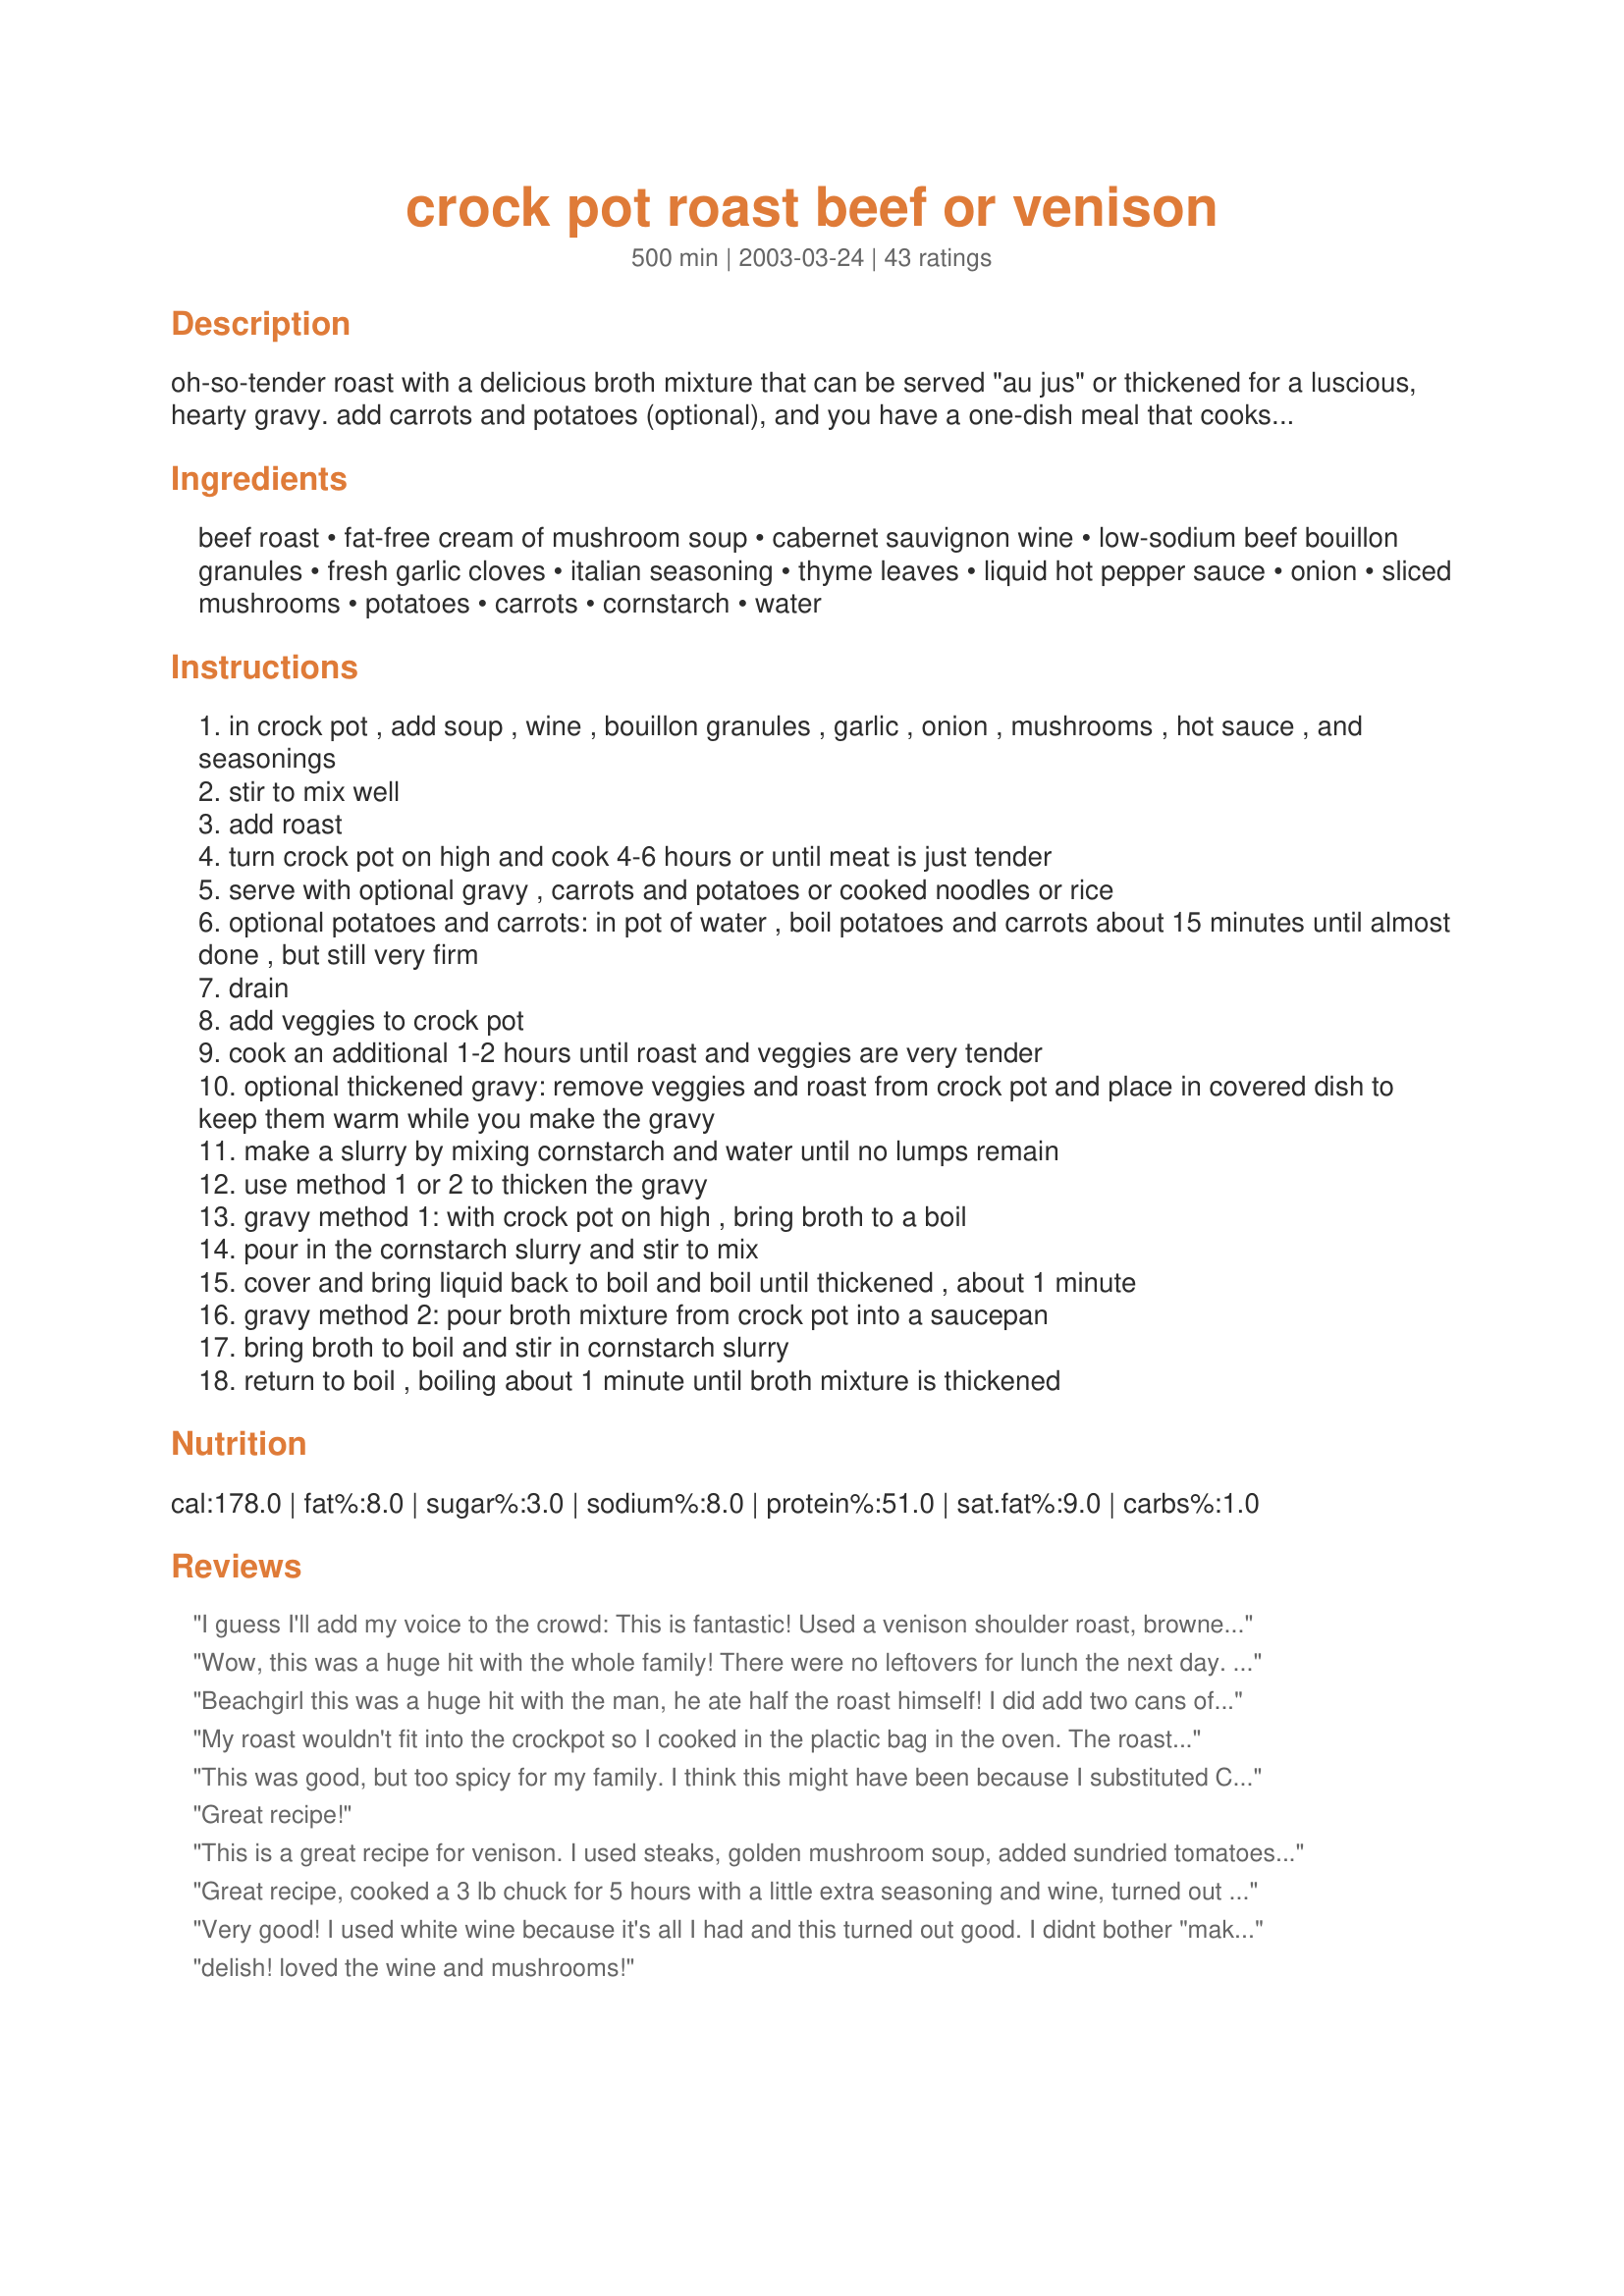
crock pot roast beef or venison
Preparation time: 500 minutes

oh-so-tender roast with a delicious broth mixture that can be served "au jus" or thickened for a luscious, hearty gravy. add carrots and potatoes (optional), and you have a one-dish meal that cooks unattended. the sliced roast makes tasty roast beef au jus sandwiches. for a second meal, make stew or soup from the leftover roast, carrots, potatoes, and gravy...perhaps adding a little wine or water if needed to get the perfect consistency.

Ingredients:
beef roast, fat-free cream of mushroom soup, cabernet sauvignon wine, low-sodium beef bouillon granules, fresh garlic cloves, italian seasoning, thyme leaves, liquid hot pepper sauce, onion, sliced mushrooms, potatoes, carrots, cornstarch, water

Steps:
in crock pot , add soup , wine , bouillon granules , garlic , onion , mushrooms , hot sauce , and seasonings
stir to mix well
add roast
turn crock pot on high and cook 4-6 hours or until meat is just tender
serve with optional gravy , carrots and potatoes or cooked noodles or rice
optional potatoes and carrots: in pot of water , boil potatoes and carrots about 15 minutes until almost done , but still very firm
drain
add veggies to crock pot
cook an additional 1-2 hours until roast and veggies are very tender
optional thickened gravy: remove veggies and roast from crock pot and place in covered dish to keep them warm while you make the gravy
make a slurry by mixing cornstarch and water until no lumps remain
use method 1 or 2 to thicken the gravy
gravy method 1: with crock pot on high , bring broth to a boil
pour in the cornstarch slurry and stir to mix
cover and bring liquid back to boil and boil until thickened , about 1 minute
gravy method 2: pour broth mixture from crock pot into a saucepan
bring broth to boil and stir in cornstarch slurry
return to boil , boiling about 1 minute until broth mixture is thickened

Reviews:
I guess I'll add my voice to the crowd: This is fantastic! Used a venison shoulder roast, browned in bacon grease (I know...but it's sooo good!) and sprinkled with garlic seasoning and pepper. I used Kay's Best Garlicky Seasoning. I sauteed the onions and garlic (doubled) in the same pan, then 2 pounds of fresh mushrooms, sliced. I used regular mushroom soup, Better Than Boullion beef base (not low sodium), and Chipotle Tabasco. I did add the veggies. More carrots because we love them! Red taters. Cooked for 8 hours, but maybe 10 would have been better. Most of the veggies were soft, but had a few firm ones. Needed no thickening. I took the roast out, sliced it fairly thin and put it back in the pot. Kind of like a thick stew. Really great!
Wow, this was a huge hit with the whole family! There were no leftovers for lunch the next day. Very tender and full of great flavor. The only change I made was adding a bay leaf. It was PERFECT....
Beachgirl this was a huge hit with the man, he ate half the roast himself! I did add two cans of mushrooms and I used an elk roast instead. The meat was so tender! I cooked it on low for 10 hours(while I was at work) and just threw everything else in. Great recipe!
My roast wouldn't fit into the crockpot so I cooked in the plactic bag in the oven. The roast was tender and the gravy is very tasty. I omitted the thyme as I used my own Italian seasoning. Thanks for sharing.
This was good, but too spicy for my family. I think this might have been because I substituted Chinese red, garlic sauce as I was out of Tabasco. I will make this again and try to "cool it" a little. Thanks for sharing.
Great recipe!
This is a great recipe for venison. I used steaks, golden mushroom soup, added sundried tomatoes and left out the veggies. It was a delicious sauce and the steaks tasted so tender.
Great recipe, cooked a 3 lb chuck for 5 hours with a little extra seasoning and wine, turned out amazing. I also coated the roast with cosher salt and pepper before I put it on. Did not include the veggies, tastes amazing without them for the record. Best damn roast Ive ever had, I cant wait to try it with venison!
Very good! I used white wine because it's all I had and this turned out good. I didnt bother "making" the gravy because the sauce was thick enough for us. This is a keeper.
delish! loved the wine and mushrooms!
This was a very tasty roast. We loved all the flavors except I would put just a little less thyme in it next time. Thyme is not one of our flavorite herbs but I do use small amounts sometimes. I will be making this again, I'm sure. Thanks for posting this recipe.
I made this last night and we loved it! Thank you so much for posting this recipe! We love our deer meat! :)
This is a very good roast. Thanks for sharing!! I have another copy cat from Shoney's that is still my all-time favorite I'll have to post on here someday
Great recipe. I made this using a venison neck roast. I seared the roast first, let it cook a couple hrs in the crock pot then drained the fat.Then I proceeded to follow the recipe. I didn't use the bullion cubes everything else I left the same. I did add my carrots and onions to the crock pot while the roast was cooking. No need to add a thickener I found it to be thick enough on its own. Very good. This really imparts a great flavor in the venison.
I've been a hunter all my life and have eaten alot of venison. This is a DOOZEY Nice blend of flavors and the meat was Super Tender. The aroma in the house was outstanding. I would highly recommend this one for all (sucessful) deer hunters out there. I'll make this again in a few months once my freezer is stocked again. Try this one. It's a keeper.
I have made this so many times (and making it again tomorrow morning), I couldn&#039;t believe I haven&#039;t reviewed the recipe. This is my go to for beef or venison roast. I make the sauce in the bottom as written, throw down a layer of veggies (potatoes, onions, fresh mushrooms, and carrots- all raw straight in the pot), then put my quick browned roast on top. I cook it on low while I am at work (8 hours then my slow cooker automatically switches over to warm), and dinner is ready when we get home. I don&#039;t thicken the sauce or anything, just serve it as is when we both get home. All I have to do is maybe make a green veggie or a salad and we have dinner. I love this recipe, and it&#039;s hubby&#039;s favorite! This is a definite keeper!!!
Great recipe! I used a 2.5 lb beef shoulder roast, regular cream of mushroom soup, shiraz for the red wine, basil and oregano instead of Italian seasoning, only 1 t. of dried thyme and a little extra salt, pepper and Mrs. Dash. Usually, I sear my roast first but this time I did not. It was fantastic - what a time saver - and much less messy. We had sandwiches and used the (skimmed) sauce for dipping. Absolutely wonderful. Thanks so much for a very easy and tasty recipe!
This was so very yummy BeachGirl! My hubby ate most of it and my son had 2 helpings. The meat just fell apart as I took it of the Crock. I might add just a smidge bit of salt next time. Thanks.
This turned out tender and tasted great. I replaced water for the wine, I used 1 teaspoon ground thyme instead of 2 teaspoons thyme leaves, we didn't have hot pepper sauce or Tabasco sauce, so we used liquid smoke instead and last but not least we used fresh mushroom and put them in an hour before we ate supper. Both of my girls helped make this, so it made it that much better. We will be making this one again. Thanks!!!
loved it.. so yummy !
This was fantastic! I had to substitute the red wine with cooking sherry because that was all I had. It still came out beautifully. For the hot sauce I used Huy Fong Sriracha, if you can find this I HIGHLY recommend it. It has such a distinct flavor- fantastic! I will make this again.
This was really tasty. I used a 2-pound eye round roast which was nice and tender after spending 8 hours on high in the crockpot. I didn't have cream of mushroom soup, so I used evaporated skim milk and 6 oz fresh mushrooms. I also used white rather than red wine since that's what we had on hand. When the meat was tender, I removed it from the pot, and pureed the remaining mushroom/onion/wine/broth mixture. Just before serving over steamed rice, I added fresh basil, fresh parsley, a tsp of sugar, and some white balsamic vinegar, to give it a little extra oomph. DH and I both enjoyed this...thanks for posting.
It&#039;s hard to get excited about pot roast. I thought pot roast is pot roast is pot roast. Not so with this recipe. It&#039;s a &quot;10&quot; and a keeper for sure. I tweaked it a little by doing the following: I always marinate venison in Coke overnight b4 cooking. The Coke tenderizes the meat and removes the gaminess of venison. It does not impart any sweetness to the meat. Just rinse off the meat b4 cooking. I used fresh baby Bella&#039;s instead of canned shrooms. And I added 1/4 cup of soy sauce to add a little extra depth of flavor. I skipped the potatoes bc we served the roast and vegetables over garlic roasted mashed potatoes. I also salt and peppered the roast and seared it in a skillet before cooking everything in a crockpot on low for 7 hours. My wife, who grew up eating pot roast after church every Sunday and turns her nose up at pot roast, said it was the best pot roast she had ever eaten. Will make this again many times.
This is fantastic! I've tried many recipes for crock pot roasts and this is now my ultimate fave and I'm throwing out the rest. I only had white wine and regular cream soup and it worked out perfectly. Also, I started this recipe with a frozen 3 lb roast and it was fully cooked (falling off the bone) in 8 hours. I didn't remember the potatoes and carrots but did use the juice to make the most flavourful gravy. I've had a hard time in the past to get gravy to thicken in the crock pot and this worked great. Wonderful! - Thanks for this recipe!
Great roast recipe!! To lower the sodium just a little I used 1/2 cup low sodium beef broth instead of the bouillon and then cut the wine down to 1/2 cup to compensate for the extra liquid. I also put the potatoes and carrots in right at the beginning and left them raw...they turned out perfectly. Very delicious and moist roast beef recipe!!
YUMMY! I made it as directed except I omitted the soup (because of the MSG) and it was delicious!
This was very good...I took a hint from HeatherU..and used an eye round roast..worked well..very tender and had a very nice flavor..didn't add the veggies but will use the leftover meat and broth for something another day
I very rarely make red meat but this recipe was a winner. I actually started off differently by "borrowing" instructions from other recipes...I rubbed the meat with mustard, olive oil, freshly ground pepper and thyme and then "sealed" it with a quick fry ,then continued according to the recipe. It was lovely and tender and tasty! Thanks so much for sharing it with us!
Pretty tasty! My dh said this was the best way he'd had venison yet! I didn't have a roast so I used an assortment of steak cuts. I also didn't have C of m soup so I used cream of chicken. I used a can of beef broth instead of bullion and wine. I also added in a bit of liquid smoke for flavor. Thanks!
Excellent! I didn't have low-sodium soup or beef bouillon on hand, so I used regular. The beef was so tender that you could cut it with a fork. Thanks for sharing!
Excellent recipe...the wine, spices, and hot sauce make a tasty combination! My husband LOVED it, too!!
Well, we were given our first venison roast and steak by a friend. I offered to use it to make dinner for all of us, without a clue of where to begin, what to expect. This is a wonderful recipe, full of flavor and incredibly tender. Threw all veggies in after making the sauce, topped it with the venison and let it rip. 7 hours on high = done. Made the recipe as written. Would pull venison and veggies and put in warm oven to do the sauce next time. Wonderful! Used a cab sauvignion for the wine.
Yeah, this recipe was amazing. I had a 6 pound venison leg roast that barely fit in my 6 qt crock pot. I tried to put a rub on it and sear it, but it was too darned big. At any rate, cabernet sauvignon and CoM soup (healthy request) combination was exquisite. I doubled it, and only added as much carrots, potatoes and onions as would fit. The sauce was just beyond compare, though. I'll definitely be using this recipe when I cook the other roast. Thanks so much!
This was delicious. Everyone in my family loved it. I left out the carrots and potatoes and used a beef roast. I'm making it again tomorrow using an elk roast and I'm sure it will be equally as good. I added some seasonings to the gravy and some balsimic vinegar and it was a hit - both on the roast and on our mashed potatoes. Thanks for the great recipe!
very good. We skipped the potatoes and served it w/ egg noodles.
This was really good. I used a 5 lb. pot roast and didn't add any veggies to the crock pot. The house smelled wonderful after cooking all day! There was a lot of juice in the crock pot when it was done cooking.
This came out soooooo good! Used venison stew meat (2 1/2 lbs) and am serving it over rice tonight. The whole house smelled so good when I walked in tonight. And I bet my dd won't even realize it is venison (though she will eat it cos her boyfriend is the one who caught it!) Because my dd won't eat onions, I left the onion whole, skinned, in the crock pot so I could have some with mine tonight. It cooked down nicely this way. Cat got half of the wine as I was opening the bottle, so only 1/2 cup went in and it is still good! (Yeah, I know, blame it on the cat!) and I didn't have any mushrooms (wishing I did now)The meat cooked down into very tender fall apart in your mouth bites, the gravy in the pot didn't need any thickening at all. I cooked it on high for 6 hours total. It is so savory and good, thank you!!!!
This was great winter comfort food..DH loved it.I threw in some pearl onions, also omitted the thyme and thickened it at the end with some dried potato flakes. Thanks for posting this recipe
This recipe was so easy and so delicious. Made it with venison and it was amazing. Not gamey at all!
Although the meat ended up nice & tender, there was just something missing with the flavour. The mushroom soup also made the sauce look really odd.
I used a 3 lb. venison rump roast for this-it turned out tender and flavorful. I also used regular soup and bouillon instead of the healthy stuff and skipped the veggies. I did make the gravy in the crockpot and it was very good. Next time I will reduce the wine to 1/2 cup; it was a good flavor, but just a little too much of it. Thanks for this very easy venison recipe!
YUM! I had to use cream of chicken soup and cooking sherry and I had NO mushrooms! I used the potatoes but not carrots and served over brown rice. SUPER YUM!
GREAT. Much to my surprise, I did not have any red wine so I just added some extra water. The wine would only make it better. I had unexepected guest for dinner and it got rave reviews and they ate it all. Will make again.
